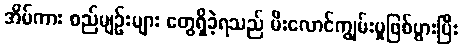
အိမ်ကား စည်မျဉ်းများ တွေရှိခဲ့ရသည် မီးလောင်ကျွမ်းမှုဖြစ်ပွားပြီး